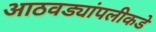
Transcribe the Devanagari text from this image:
आठवड्यांपलीकडे